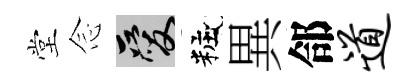
堂𫝹爱粧異郃道